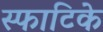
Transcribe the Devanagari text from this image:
स्फाटिके